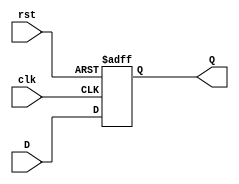
`timescale 1ns / 1ps
//////////////////////////////////////////////////////////////////////////////////
// Company: 
// Engineer: 
// 
// Design Name: 
// Module Name: DFlipFlop
// Project Name: 
// Target Devices: 
// Tool Versions: 
// Description: 
// 
// Dependencies: 
// 
// Revision:
// Revision 0.01 - File Created
// Additional Comments:
// 
//////////////////////////////////////////////////////////////////////////////////


module DFlipFlop
    (
    input clk,
    input rst, 
    input D, 
    output reg Q
     );
    always @ (posedge clk or posedge rst)
        if (rst) begin
            Q <= 1'b0;
        end else begin
            Q <= D;
    end
endmodule